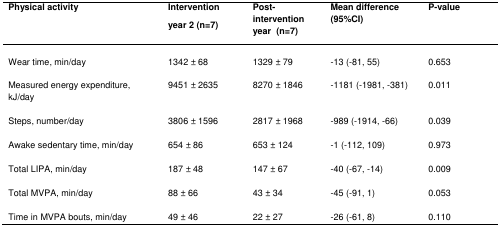
<table><thead><tr><td><b>Physical activity</b></td><td><b>Intervention year 2 (n=7)</b></td><td><b>Post-intervention year (n=7)</b></td><td><b>Mean difference (95%CI)</b></td><td><b>P-value</b></td></tr></thead><tbody><tr><td>Wear time, min/day</td><td>1342 ± 68</td><td>1329 ± 79</td><td>−13 (−81, 55)</td><td>0.653</td></tr><tr><td>Measured energy expenditure, kJ/day</td><td>9451 ± 2635</td><td>8270 ± 1846</td><td>−1181 (−1981, −381)</td><td>0.011</td></tr><tr><td>Steps, number/day</td><td>3806 ± 1596</td><td>2817 ± 1968</td><td>−989 (−1914, −66)</td><td>0.039</td></tr><tr><td>Awake sedentary time, min/day</td><td>654 ± 86</td><td>653 ± 124</td><td>−1 (−112, 109)</td><td>0.973</td></tr><tr><td>Total LIPA, min/day</td><td>187 ± 48</td><td>147 ± 67</td><td>−40 (−67, −14)</td><td>0.009</td></tr><tr><td>Total MVPA, min/day</td><td>88 ± 66</td><td>43 ± 34</td><td>−45 (−91, 1)</td><td>0.053</td></tr><tr><td>Time in MVPA bouts, min/day</td><td>49 ± 46</td><td>22 ± 27</td><td>−26 (−61, 8)</td><td>0.110</td></tr></tbody></table>